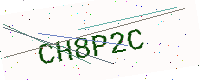
Text: CH8P2C